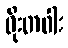
ဝိုးတဝါး